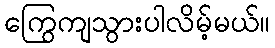
ကြွေကျသွားပါလိမ့်မယ်။